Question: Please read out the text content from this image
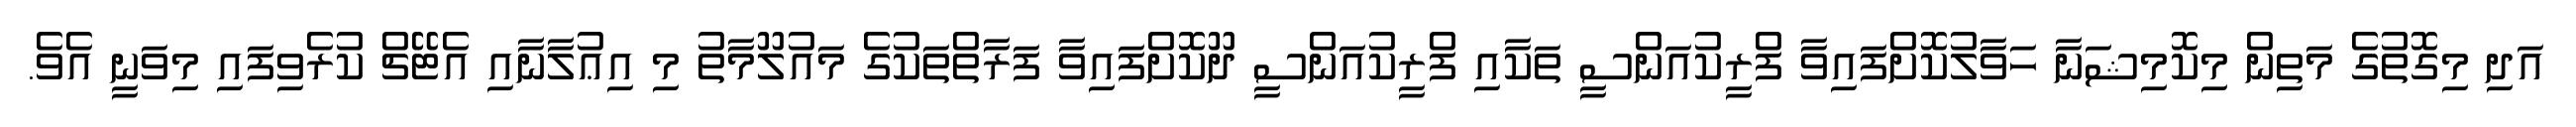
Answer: އަދި މިގޮތުގެ މަތިން މިކޮމިޝަނާ ހަވާލުކޮށްފައިވާ ފްރީކުއަންސީ ތަކާއި ފްރީކުއަންސީ ދޫކޮށްފައިވާ ފަރާތްތަކުގެ މައުލޫމާތު މި އިޢުލާނާއި އެޓޭޗް ކުރެވިފައި މިވަނީ އެވެ.